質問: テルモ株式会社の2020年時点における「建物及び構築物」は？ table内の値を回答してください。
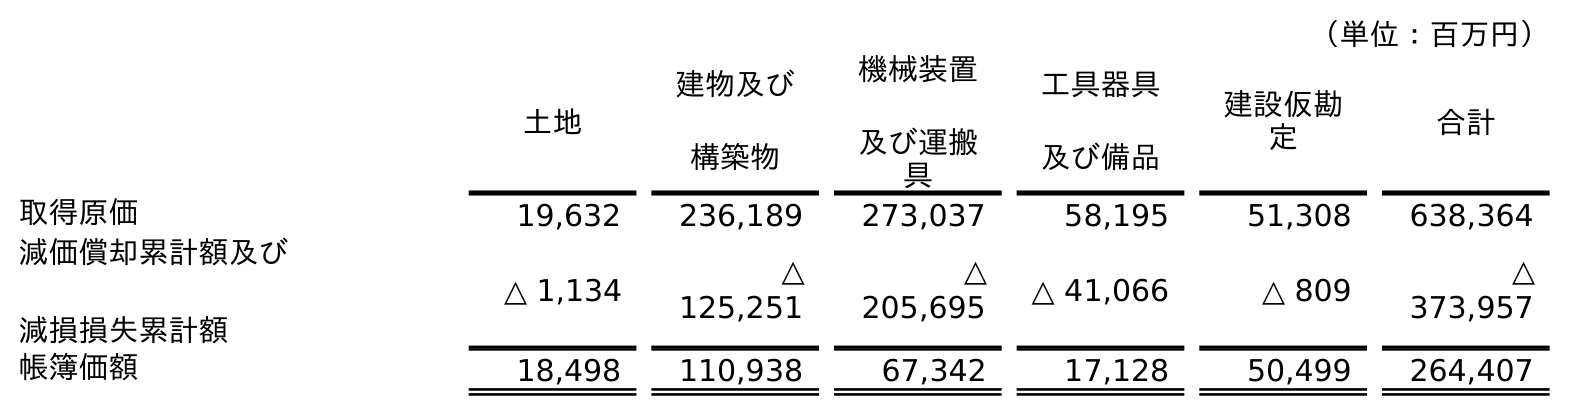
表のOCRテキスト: （単位：百万円） 土地 建物及び 構築物 機械装置 及び運搬 具 工具器具 及び備品 建設仮勘 定 合計 取得原価 19,632 236,189 273,037 58,195 51,308 638,364 減価償却累計額及び 減損損失累計額 △ 1,134 △ 125,251 △ 205,695 △ 41,066 △ 809 △ 373,957 帳簿価額 18,498 110,938 67,342 17,128 50,499 264,407
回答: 110,938